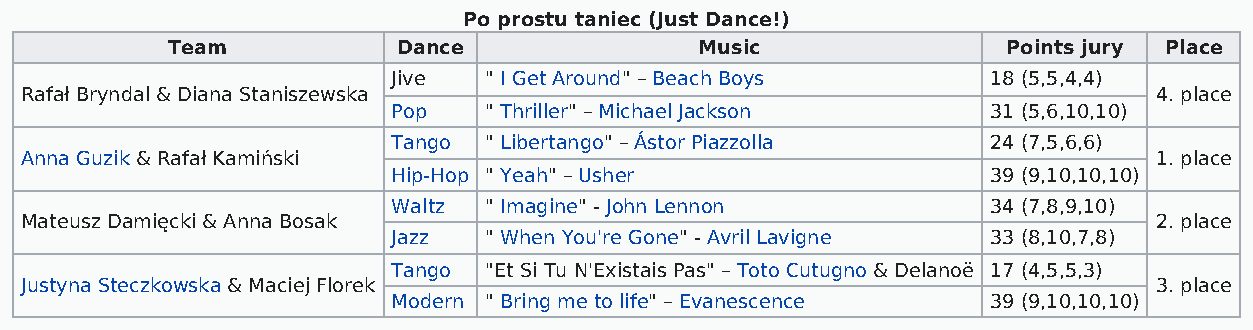
Po prostu taniec (Just Dance!)
 Team           Dance               Music                Points jury Place
 Jive  " I Get Around" – Beach Boys      18 (5,5,4,4)
 Rafał Bryndal & Diana Staniszewska                                         4. place
 Pop   " Thriller" – Michael Jackson     31 (5,6,10,10)
 Tango " Libertango" – Ástor Piazzolla   24 (7,5,6,6)
 Anna Guzik & Rafał Kamiński                                                1. place
 Hip-Hop " Yeah" – Usher                 39 (9,10,10,10)
 Waltz " Imagine" - John Lennon          34 (7,8,9,10)
 Mateusz Damięcki & Anna Bosak                                              2. place
 Jazz  " When You're Gone" - Avril Lavigne 33 (8,10,7,8)
 Tango "Et Si Tu N'Existais Pas" – Toto Cutugno & Delanoë 17 (4,5,5,3)
 Justyna Steczkowska & Maciej Florek                                        3. place
 Modern " Bring me to life" – Evanescence 39 (9,10,10,10)